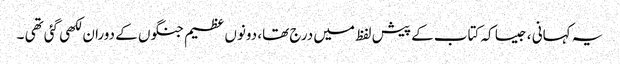
یہ کہانی ، جیسا کہ کتاب کے پیش لفظ میں درج تھا، دونوں عظیم جنگوں کے دوران لکھی گئی تھی ۔